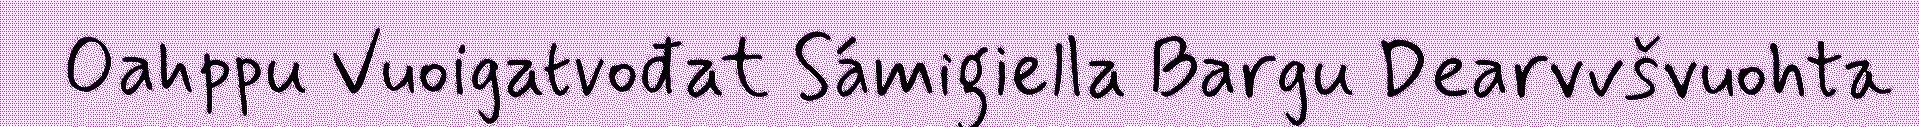
Oahppu Vuoigatvođat Sámigiella Bargu Dearvvšvuohta